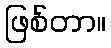
ဖြစ်တာ။